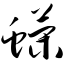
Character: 蝾